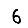
Digit: 6